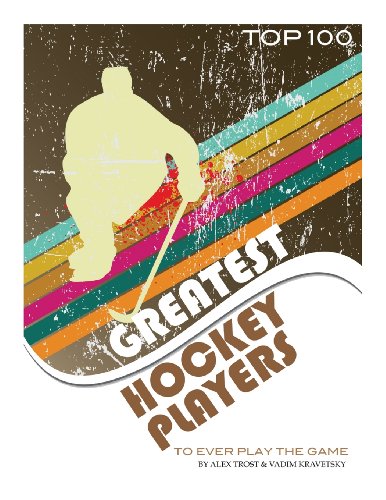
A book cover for Greatest Hockey Players to Ever Play the Game Top 100; Alex Trost; Sports & Outdoors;